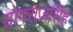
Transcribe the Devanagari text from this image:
योगराजसिंह